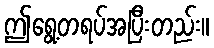
ဤရွေ့တရပ်အပြီးတည်း။